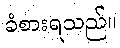
ခံစားရသည်။